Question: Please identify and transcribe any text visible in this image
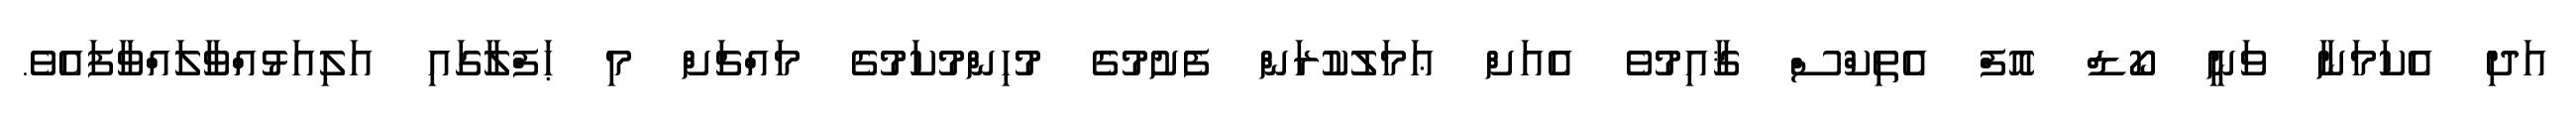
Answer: އަދި އެކަމަނާ ވަނީ ކޯޑް އޮފް އެތިކްސް ޤާއިމުވެ އެއަށް ޢަމަލުކުރަން ފެށުމުގެ މުހިންމުކަމުގެ މައްޗަށް މި ޙަފްލާގައި އަލިއަޅުއްވާލައްވާފައެވެ.